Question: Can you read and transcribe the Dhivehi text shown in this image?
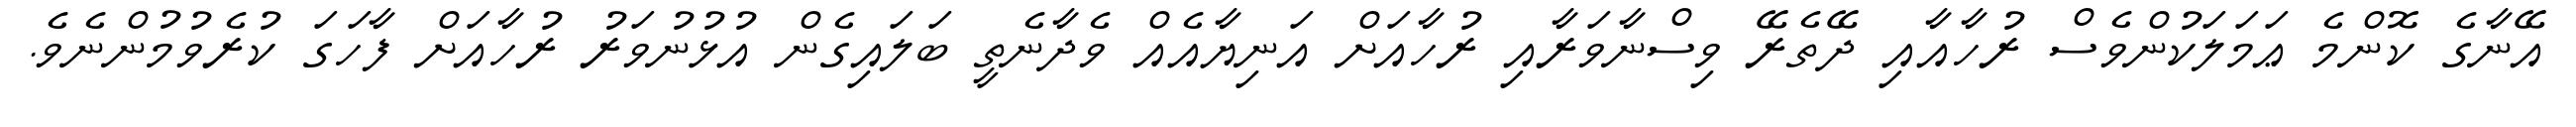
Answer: އޭނާގެ ކޮންމެ ޢަމަލަކުންވެސް ރުހާއާއި ދޭތެރޭ ވިސްނާވަރާއި ރުހާއަށް އަނިޔާއެއް ވެދާނެތީ ބަލައިގެން އުޅުނުވަރު ރުހާއަށް ފާހަގަ ކުރެވުމުންނެވެ.